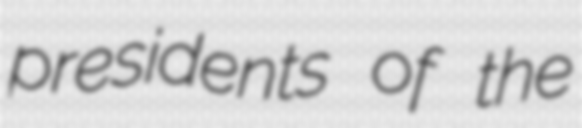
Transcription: presidents of the